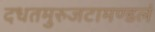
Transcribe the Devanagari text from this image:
दधतमुरुजटामण्डलं